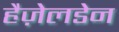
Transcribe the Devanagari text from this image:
हैज़ेलडेन